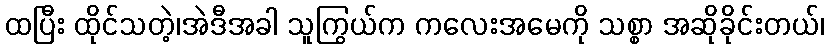
ထပြီး ထိုင်သတဲ့၊အဲဒီအခါ သူကြွယ်က ကလေးအမေကို သစ္စာ အဆိုခိုင်းတယ်၊